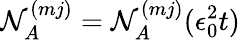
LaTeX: \mathcal{N}_{A}^{(mj)}=\mathcal{N}_{A}^{(mj)}(\epsilon_{0}^{2}t)